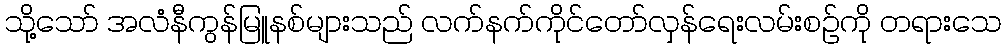
သို့သော် အလံနီကွန်မြူနစ်များသည် လက်နက်ကိုင်တော်လှန်ရေးလမ်းစဉ်ကို တရားသေ